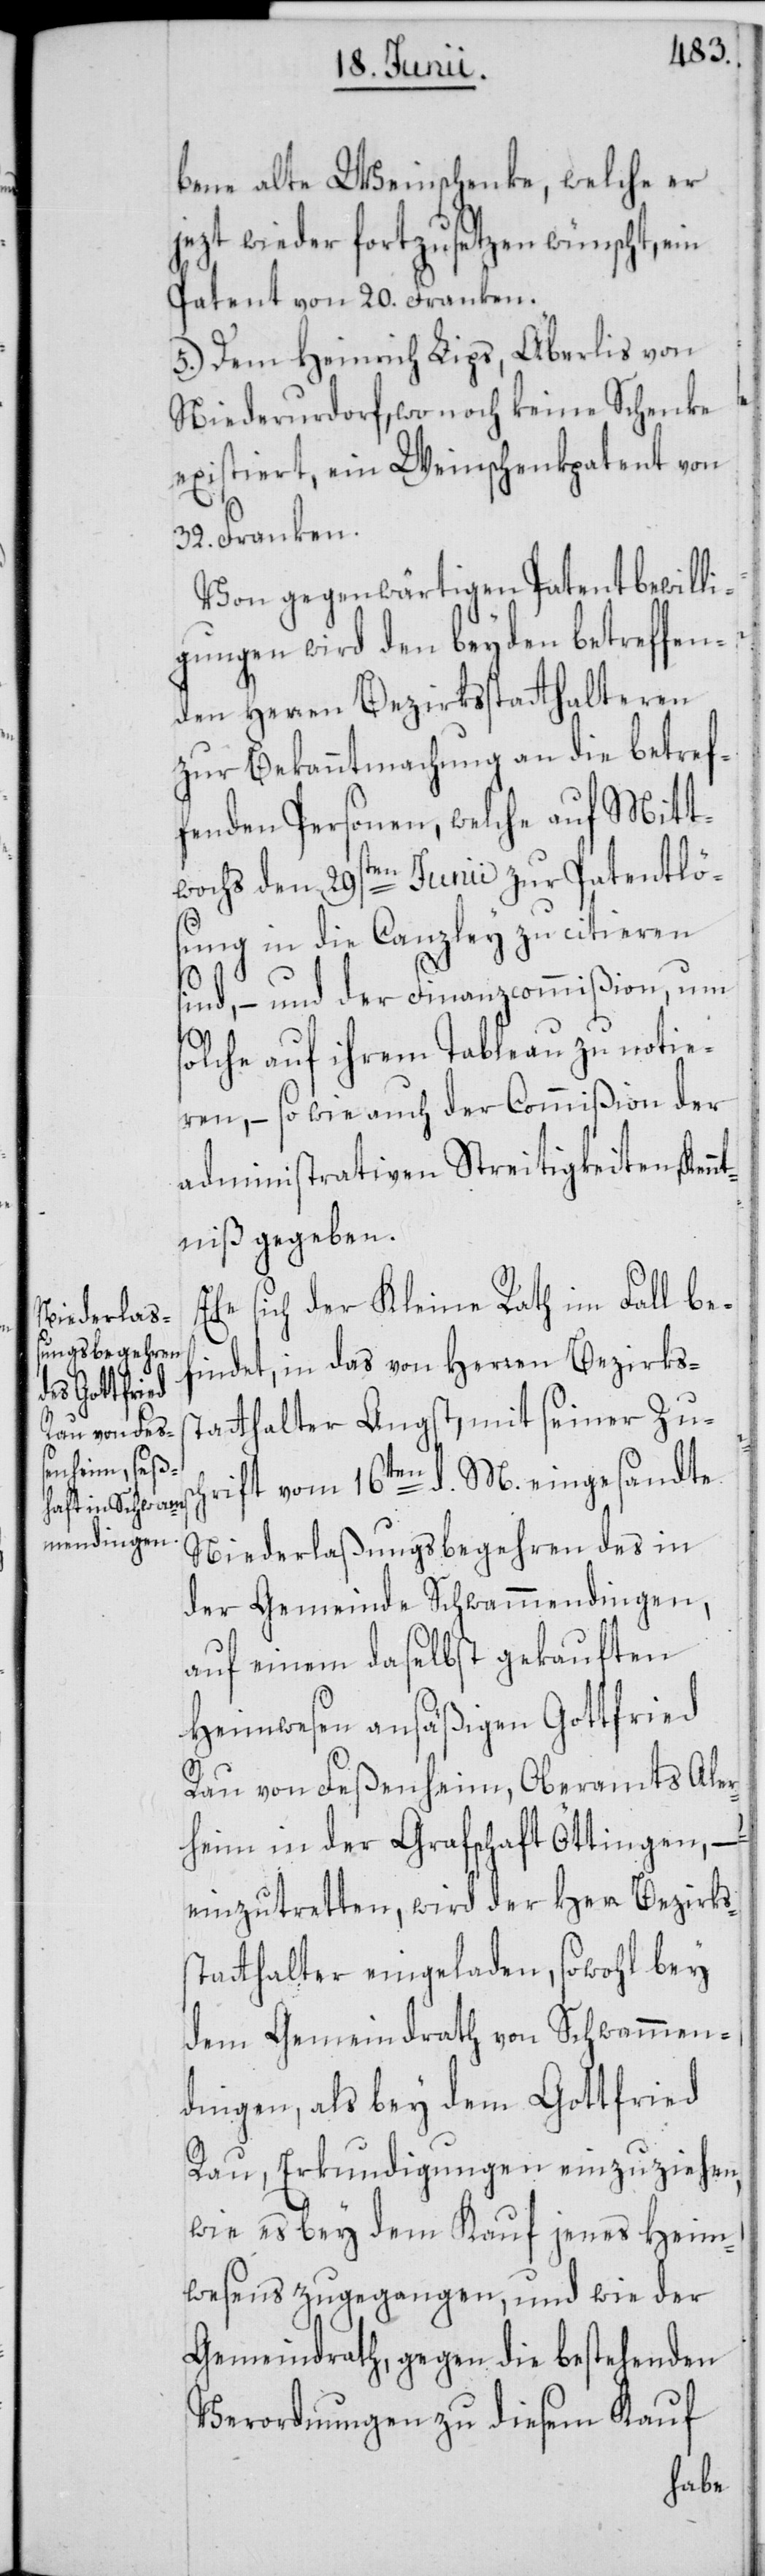
bene alte Weinschenke, welche er
jezt wieder fortzusetzen wünscht, ein
Patent von 20. Franken.
5.) Dem Heinrich Lips, Äberlis von
Niederurdorf, wo noch keine Schenke
existiert, ein Weinschenkpatent von
32. Franken.
Von gegenwärtigen Patentbewilli¬
gungen wird den beyden betreffen¬
den Herren Bezirksstatthalteren
zur Bekanntmachung an die betref¬
fenden Personen, welche auf Mitt¬
wochs den 29sten Juni zur Patentlö¬
sung in die Canzley zu citieren
sind, – und der Finanzcommißion, um
solche auf ihrem Tableau zu notie¬
ren, – so wie auch der Commißion der
administrativen Streitigkeiten, Kenn¬
tniß gegeben.
Ehe sich der Kleine Rath im Fall be¬
findet, in das von Herren Bezirkss¬
tatthalter Angst, mit seiner Zusc¬
hrift vom 16ten d. M. eingesandte
Niederlaßungsbegehren des in
der Gemeinde Schwammendingen,
auf einem daselbst gekauften
Heimwesen ansäßigen Gottfried
Rau von Feßenheim, Oberamts Ale¬
rheim in der Grafschaft Öttingen, –
einzutretten, wird der Herr Bezirkss¬
tatthalter eingeladen, sowohl bey
dem Gemeindrath von Schwammen¬
dingen, als bey dem Gottfried
Rau, Erkundigungen einzuziehen,
wie es bey dem Kauf jenes Heim¬
wesens zugegangen, und wie der
Gemeindrath, gegen die bestehenden
Verordnungen zu diesem Kauf